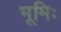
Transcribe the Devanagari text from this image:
भूमिः